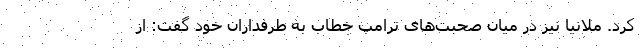
کرد. ملانیا نیز در میان صحبت‌های ترامپ خطاب به طرفداران خود گفت: از